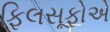
ફિલસૂફોએ